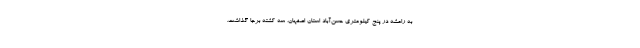
به رامشه در پنج کیلومتری حسن‌آباد استان اصفهان، سه کشته برجا گذاشت.